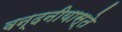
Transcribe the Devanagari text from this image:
वन्दनीयास्ते